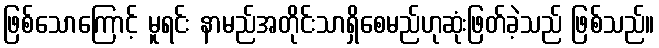
ဖြစ်သောကြောင့် မူရင်း နာမည်အတိုင်းသာရှိစေမည်ဟုဆုံးဖြတ်ခဲ့သည် ဖြစ်သည်။